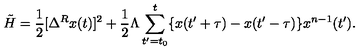
\tilde { H } = \frac { 1 } { 2 } [ \Delta ^ { R } x ( t ) ] ^ { 2 } + \frac { 1 } { 2 } \Lambda \sum _ { t ^ { \prime } = t _ { 0 } } ^ { t } \{ x ( t ^ { \prime } + \tau ) - x ( t ^ { \prime } - \tau ) \} x ^ { n - 1 } ( t ^ { \prime } ) .